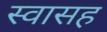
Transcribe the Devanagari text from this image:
स्‍वासह